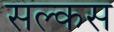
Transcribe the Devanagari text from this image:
सल्कस